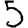
Digit: 5